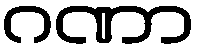
ဂဏာ